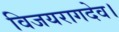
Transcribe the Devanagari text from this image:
विजयरागदेव।